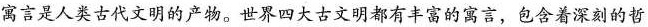
寓言是人类古代文明的产物。世界四大古文明都有丰富的富言,包含着深刻的哲